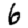
Digit: 6